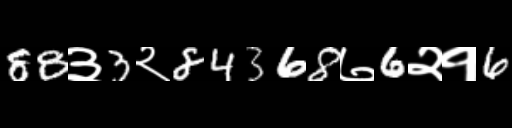
Text: 88३3२84368७6२१6